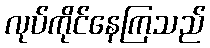
လုပ်ကိုင်နေကြသည်